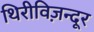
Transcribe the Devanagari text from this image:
थिरीविज़न्दूर